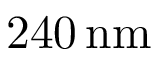
{ 2 4 0 } \, \mathrm { n m }